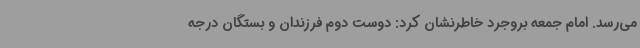
می‌رسد. امام جمعه بروجرد خاطرنشان کرد: دوست دوم فرزندان و بستگان درجه